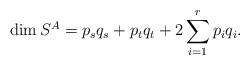
LaTeX: \begin{align*}\dim S^A=p_sq_s+p_tq_t+2\sum_{i=1}^rp_iq_i.\end{align*}